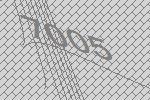
7005